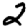
Digit: 2